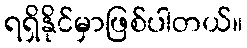
ရရှိနိုင်မှာဖြစ်ပါတယ်။